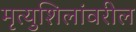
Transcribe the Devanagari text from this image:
मृत्युशिलांवरील